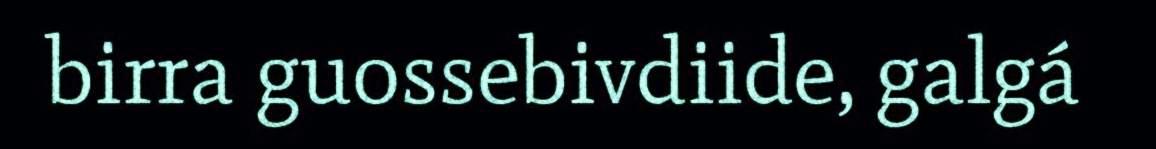
birra guossebivdiide, galgá